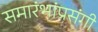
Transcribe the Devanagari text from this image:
समारंभांप्रसंगी